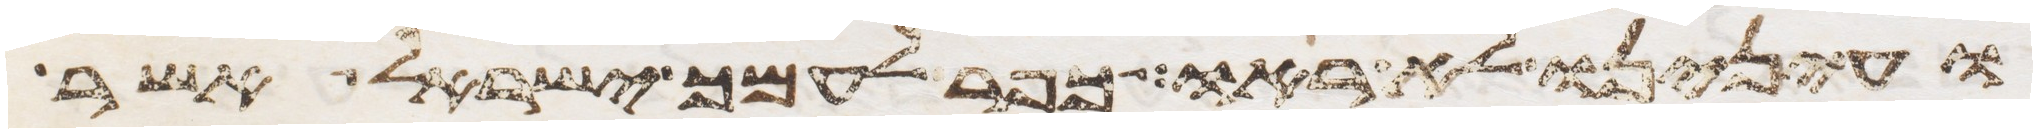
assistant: ועינינו לא ראו כפר לעמך ישראל אשר